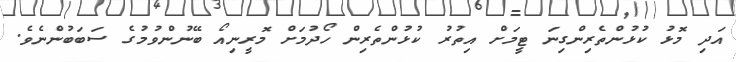
އަދި މޮޅު ކުޅުންތެރިންގިނަ ޓީމަށް އިތުރު ކުޅުންތެރިން ހޯދުމަށް މޮރީނިއޯ ބޭނުންވުމުގެ ސަބަބުންނެވެ.